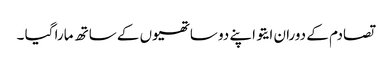
تصادم کے دوران ایتو اپنے دو ساتھیوں کے ساتھ مارا گیا ۔